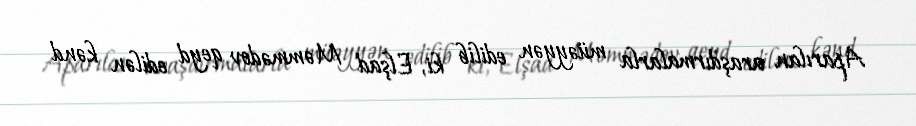
Aparılan araşdırmalarla müəyyən edilib ki, Elşad Məmmədov qeyd edilən kənd